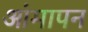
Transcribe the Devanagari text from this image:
आंमापन